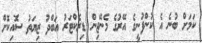
ކަމަށް ބުނެ އެ ކުންފުނީގެ އޭރުގެ މެނޭޖިން ޑިރެކްޓަރު އަބްދު ޒިޔަތު ސޮއިކޮށް